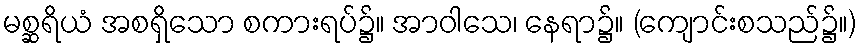
မစ္ဆရိယံ အစရှိသော စကားရပ်၌။ အာဝါသေ၊ နေရာ၌။ (ကျောင်းစသည်၌။)